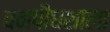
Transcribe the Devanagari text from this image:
वनपौधशाला